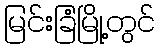
မြင်းခြံမြို့တွင်